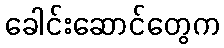
ခေါင်းဆောင်တွေက